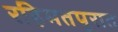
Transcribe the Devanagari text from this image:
रहिमतपुरात